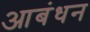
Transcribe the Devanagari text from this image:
आबंधन